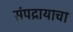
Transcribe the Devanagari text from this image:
संपद्रायाचा